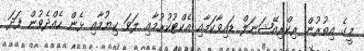
މީގެ އިތުރުން ރިކްރިއޭޝަނަލް ޑައިވާކަމާއި އެކްޓުކުރުމާއި ލަވަ ކިޔުމާއި ޅެން ހެއްދެވުން ފަދަ